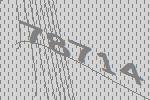
78714